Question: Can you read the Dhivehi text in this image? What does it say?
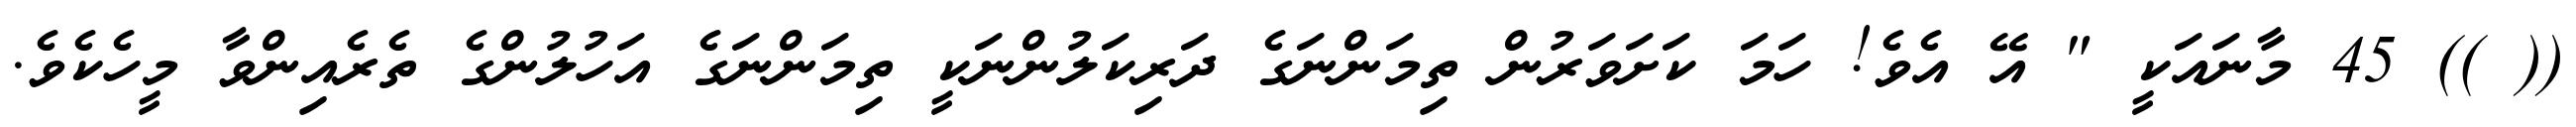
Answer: (( )) 45 މާނައަކީ " އޭ އެވެ! ހަމަ ކަށަވަރުން ތިމަންނަގެ ދަރިކަލުންނަކީ ތިމަންނަގެ އަހުލުންގެ ތެރެއިންވާ މީހެކެވެ.